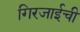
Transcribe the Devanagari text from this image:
गिरजाईची